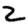
Digit: 2